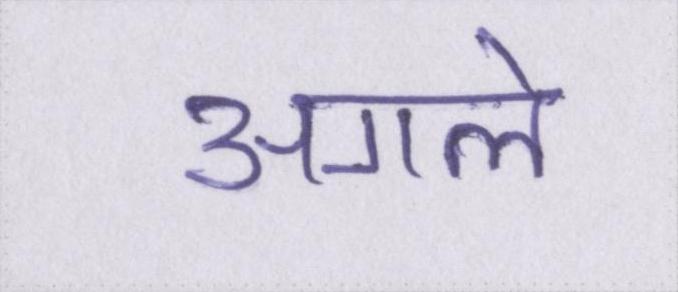
अगले